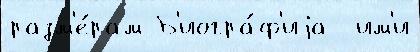
разм'е́рам Б'иогра́ф'иjа  им'и